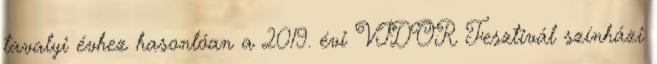
tavalyi évhez hasonlóan a 2019. évi VIDOR Fesztivál színházi